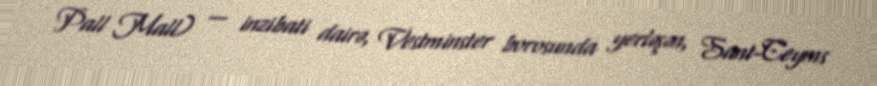
Pall Mall) — inzibati dairə, Vestminster borosunda yerləşən, Sant-Ceyms